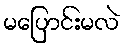
မပြောင်းမလဲ